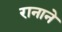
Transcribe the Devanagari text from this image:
रानाने